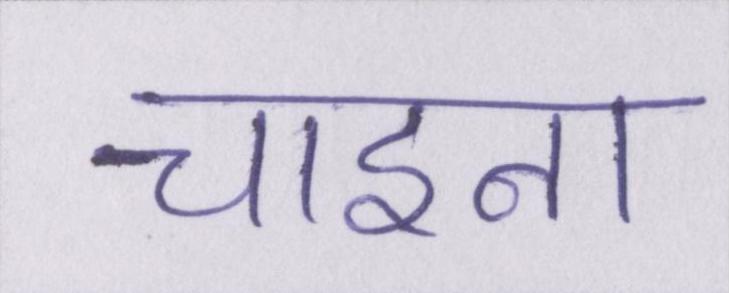
चाइना